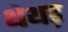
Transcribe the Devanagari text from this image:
थेथड़